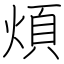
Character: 煩